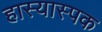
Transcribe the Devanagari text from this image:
हास्यास्पक